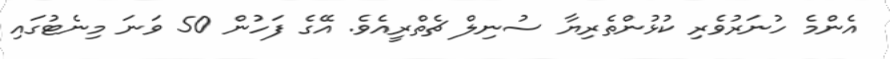
އެންމެ ހުނަރުވެރި ކުޅުންތެރިޔާ ސުނިލް ޗެތްރީއެވެ. އޭގެ ފަހުން 50 ވަނަ މިނެޓުގައި